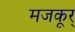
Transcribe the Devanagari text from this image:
मजकूर्